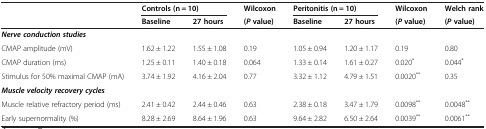
|  | <COLSPAN=2> Controls (n = 10) | Wilcoxon | <COLSPAN=2> Peritonitis (n = 10) | Wilcoxon | Welch rank |
 |  | Baseline | 27 hours | (Pvalue) | Baseline | 27 hours | (Pvalue) | (Pvalue) |
 | --- | --- | --- | --- | --- | --- | --- | --- |
 | <COLSPAN=8> Nerve conduction studies |
 | CMAP amplitude (mV) | 1.62 ± 1.22 | 1.55 ± 1.08 | 0.19 | 1.05 ± 0.94 | 1.20 ± 1.17 | 0.19 | 0.80 |
 | CMAP duration (ms) | 1.25 ± 0.11 | 1.40 ± 0.18 | 0.064 | 1.33 ± 0.14 | 1.61 ± 0.27 | 0.020* | 0.044* |
 | Stimulus for 50% maximal CMAP (mA) | 3.74 ± 1.92 | 4.16 ± 2.04 | 0.77 | 3.32 ± 1.12 | 4.79 ± 1.51 | 0.0020** | 0.35 |
 | <COLSPAN=8> Muscle velocity recovery cycles |
 | Muscle relative refractory period (ms) | 2.41 ± 0.42 | 2.44 ± 0.46 | 0.63 | 2.38 ± 0.18 | 3.47 ± 1.79 | 0.0098** | 0.0048** |
 | Early supernormality (%) | 8.28 ± 2.69 | 8.64 ± 1.96 | 0.63 | 9.64 ± 2.82 | 6.50 ± 2.64 | 0.0039** | 0.0061** |